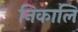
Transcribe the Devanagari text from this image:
निकालि